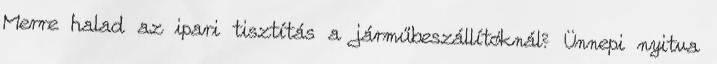
Merre halad az ipari tisztítás a járműbeszállítóknál? Ünnepi nyitva